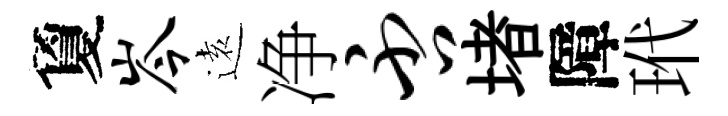
夐岑逺净否堵障玳